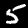
Label: 5